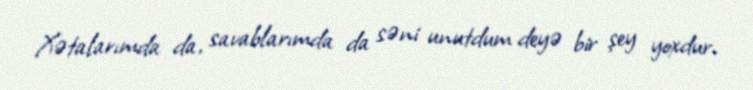
Xətalarımda da, savablarımda da səni unutdum deyə bir şey yoxdur.